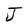
Character: J